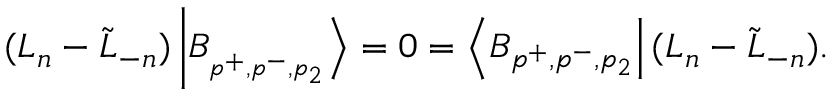
( L _ { n } - \tilde { L } _ { - n } ) \left| B _ { _ { p ^ { + } , p ^ { - } , p _ { 2 } } } \right\rangle = 0 = \left\langle B _ { p ^ { + } , p ^ { - } , p _ { 2 } } \right| ( L _ { n } - \tilde { L } _ { - n } ) .